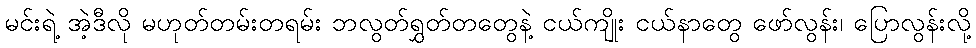
မင်းရဲ့ အဲ့ဒီလို မဟုတ်တမ်းတရမ်း ဘလွတ်ရွှတ်တတွေနဲ့ ငယ်ကျိုး ငယ်နာတွေ ဖော်လွန်း၊ ပြောလွန်းလို့